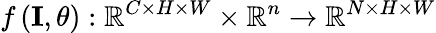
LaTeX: f\left(\mathbf{I},\theta\right):\mathbb{R}^{C\times H\times W}\times\mathbb{R}^{n}\to\mathbb{R}^{N\times H\times W}